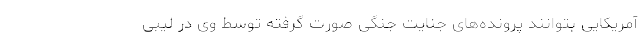
آمریکایی بتوانند پرونده‌های جنایت جنگی صورت گرفته توسط وی در لیبی